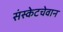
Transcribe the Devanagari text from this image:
संस्केटचेवान